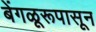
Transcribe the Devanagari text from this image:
बेंगळूरूपासून